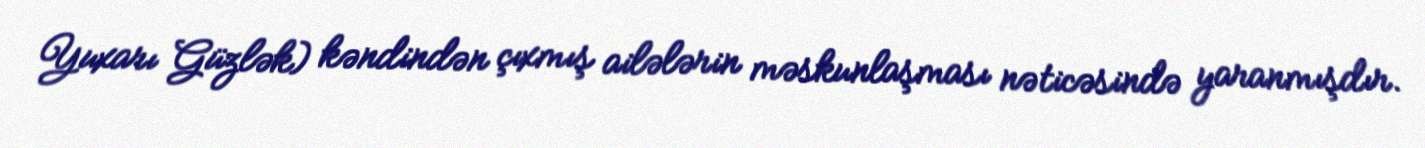
Yuxarı Güzlək) kəndindən çıxmış ailələrin məskunlaşması nəticəsində yaranmışdır.